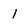
Character: l